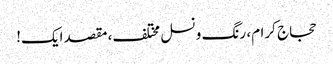
حجاج کرام، رنگ و نسل مختلف، مقصد ایک!